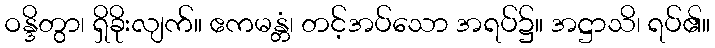
ဝန္ဒိတွာ၊ ရှိခိုးလျက်။ ဧကမန္တံ၊ တင့်အပ်သော အရပ်၌။ အဋ္ဌာသိ၊ ရပ်၏။